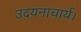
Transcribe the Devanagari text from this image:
उदयनाचार्य।